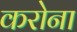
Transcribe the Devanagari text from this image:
करोना